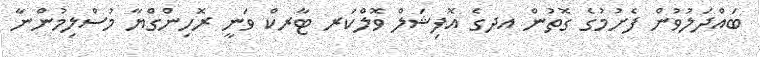
ބައްދަލުވުން ފެށުމުގެ ގޮތުން އދގެ އޮފިޝަލް ވޮލްކަރ ޓާރކް ވަނީ ރޮހިންގްޔާ މުސްލިމުންނާ